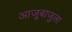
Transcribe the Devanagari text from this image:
आजूबाजुला